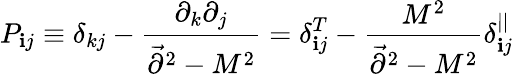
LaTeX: P_{\mathbf{i}j}\equiv\delta_{kj}-{\frac{{\partial_{k}\partial_{j}}}{{\vec{{\partial}}^{2}-M^{2}}}}=\delta_{\mathbf{i}j}^{T}-{\frac{{M^{2}}}{{\vec{{\partial}}^{2}-M^{2}}}}\delta_{\mathbf{i}j}^{||}